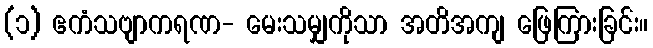
(၁) ဧကံသဗျာကရဏ- မေးသမျှကိုသာ အတိအကျ ဖြေကြားခြင်း။